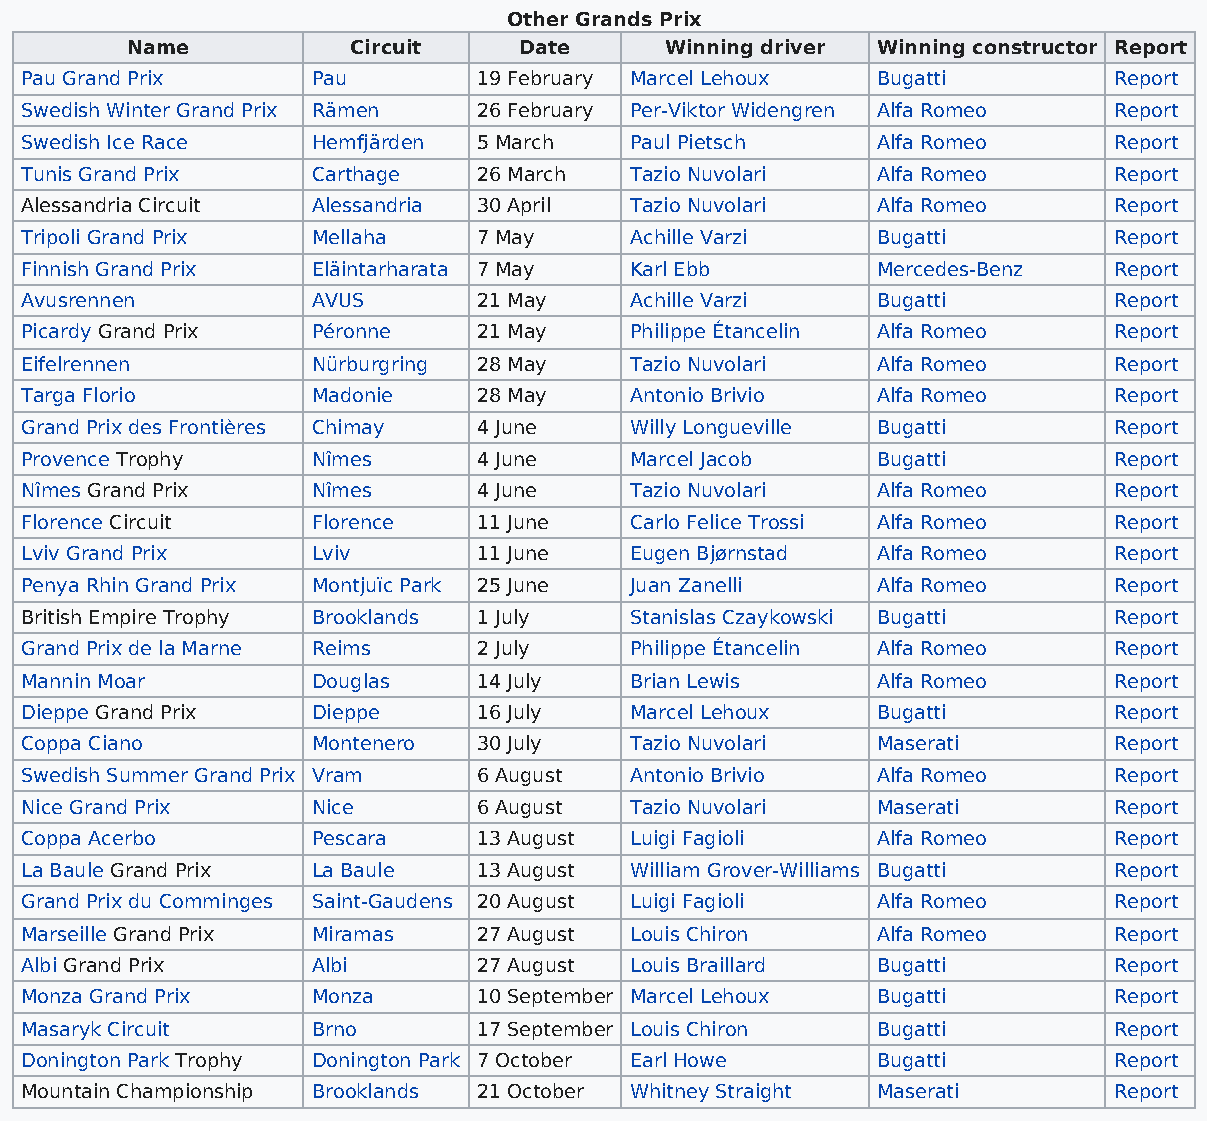
Other Grands Prix
 Name           Circuit    Date      Winning driver Winning constructor Report
 Pau Grand Prix      Pau        19 February Marcel Lehoux Bugatti         Report
 Swedish Winter Grand Prix Rämen 26 February Per-Viktor Widengren Alfa Romeo Report
 Swedish Ice Race    Hemfjärden 5 March   Paul Pietsch    Alfa Romeo      Report
 Tunis Grand Prix    Carthage   26 March  Tazio Nuvolari  Alfa Romeo      Report
 Alessandria Circuit Alessandria 30 April Tazio Nuvolari  Alfa Romeo      Report
 Tripoli Grand Prix  Mellaha    7 May     Achille Varzi   Bugatti         Report
 Finnish Grand Prix  Eläintarharata 7 May Karl Ebb        Mercedes-Benz   Report
 Avusrennen          AVUS       21 May    Achille Varzi   Bugatti         Report
 Picardy Grand Prix  Péronne    21 May    Philippe Étancelin Alfa Romeo   Report
 Eifelrennen         Nürburgring 28 May   Tazio Nuvolari  Alfa Romeo      Report
 Targa Florio        Madonie    28 May    Antonio Brivio  Alfa Romeo      Report
 Grand Prix des Frontières Chimay 4 June  Willy Longueville Bugatti       Report
 Provence Trophy     Nîmes      4 June    Marcel Jacob    Bugatti         Report
 Nîmes Grand Prix    Nîmes      4 June    Tazio Nuvolari  Alfa Romeo      Report
 Florence Circuit    Florence   11 June   Carlo Felice Trossi Alfa Romeo  Report
 Lviv Grand Prix     Lviv       11 June   Eugen Bjørnstad Alfa Romeo      Report
 Penya Rhin Grand Prix Montjuïc Park 25 June Juan Zanelli Alfa Romeo      Report
 British Empire Trophy Brooklands 1 July  Stanislas Czaykowski Bugatti    Report
 Grand Prix de la Marne Reims   2 July    Philippe Étancelin Alfa Romeo   Report
 Mannin Moar         Douglas    14 July   Brian Lewis     Alfa Romeo      Report
 Dieppe Grand Prix   Dieppe     16 July   Marcel Lehoux   Bugatti         Report
 Coppa Ciano         Montenero  30 July   Tazio Nuvolari  Maserati        Report
 Swedish Summer Grand Prix Vram 6 August  Antonio Brivio  Alfa Romeo      Report
 Nice Grand Prix     Nice       6 August  Tazio Nuvolari  Maserati        Report
 Coppa Acerbo        Pescara    13 August Luigi Fagioli   Alfa Romeo      Report
 La Baule Grand Prix La Baule   13 August William Grover-Williams Bugatti Report
 Grand Prix du Comminges Saint-Gaudens 20 August Luigi Fagioli Alfa Romeo Report
 Marseille Grand Prix Miramas   27 August Louis Chiron    Alfa Romeo      Report
 Albi Grand Prix     Albi       27 August Louis Braillard Bugatti         Report
 Monza Grand Prix    Monza      10 September Marcel Lehoux Bugatti        Report
 Masaryk Circuit     Brno       17 September Louis Chiron Bugatti         Report
 Donington Park Trophy Donington Park 7 October Earl Howe Bugatti         Report
 Mountain Championship Brooklands 21 October Whitney Straight Maserati    Report